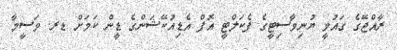
ރާއްޖޭގެ ގައުމީ ޔުނިވާސިޓީގެ ފެކަލްޓީ އޮފް އެޑިއުކޭޝަންގެ ޑީން ކަމަށް ޑރ. ވަސީމާ